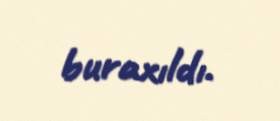
buraxıldı.